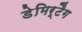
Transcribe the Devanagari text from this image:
डेमिर्टैग